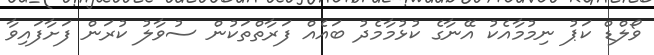
ވޯލްޑް ކަޕު ނިމުމާއެކު އޭނާގެ ކުޅުމާމެދު ބައެއް ފަރާތްތަކުން ސުވާލު ކުރަން ފަށާފައިވާ